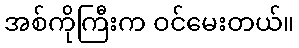
အစ်ကိုကြီးက ဝင်မေးတယ်။